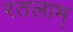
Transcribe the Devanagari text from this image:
रतलाम्